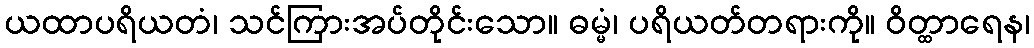
ယထာပရိယတံ၊ သင်ကြားအပ်တိုင်းသော။ ဓမ္မံ၊ ပရိယတ်တရားကို။ ဝိတ္ထာရေန၊